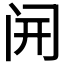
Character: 𫔭